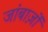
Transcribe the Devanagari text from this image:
जांबाज़ों